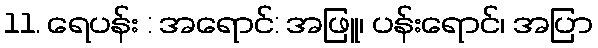
11. ရေပန်း : အရောင်: အဖြူ၊ ပန်းရောင်၊ အပြာ